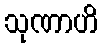
သုဏာဟိ